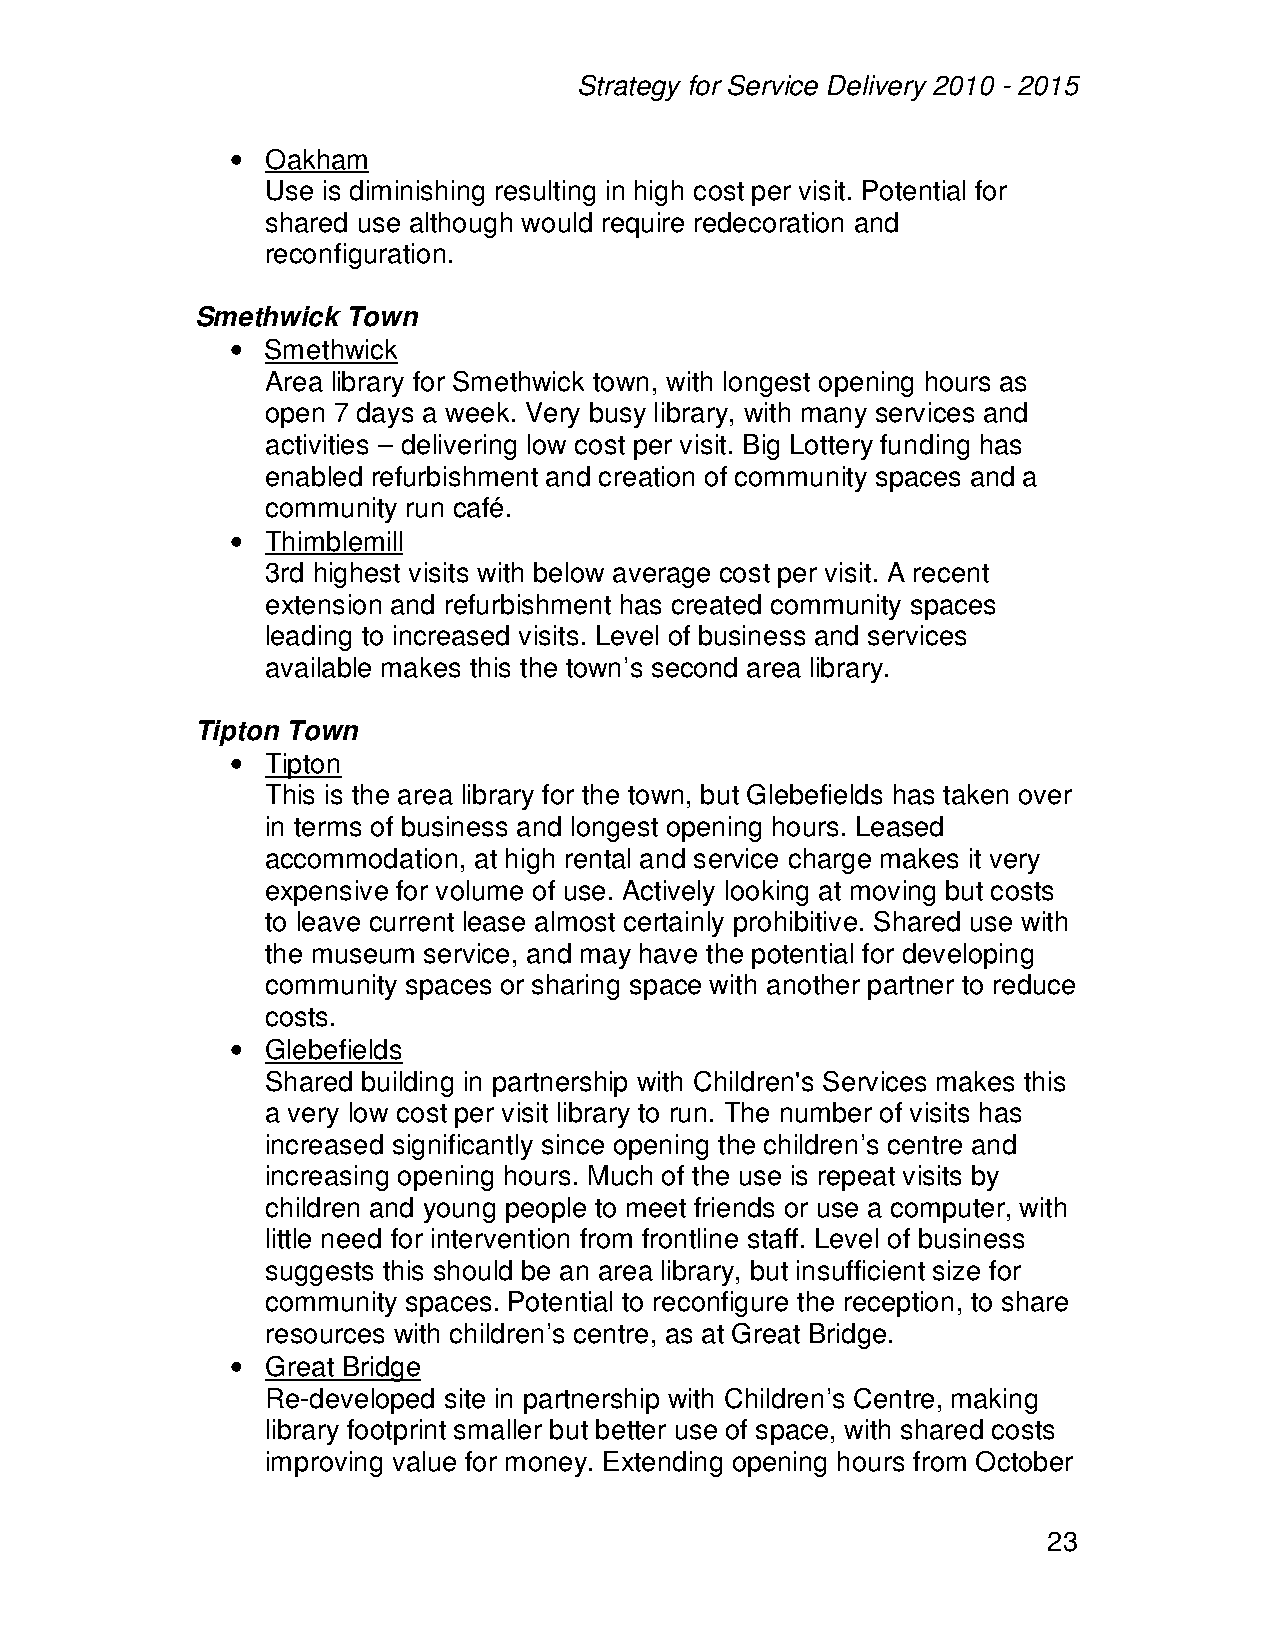
Strategy for Service Delivery 2010 - 2015
 •  Oakham
 Use is diminishing resulting in high cost per visit. Potential for
 shared use although would require redecoration and
 reconfiguration.
 Smethwick Town
 •  Smethwick
 Area library for Smethwick town, with longest opening hours as
 open 7 days a week. Very busy library, with many services and
 activities – delivering low cost per visit. Big Lottery funding has
 enabled refurbishment and creation of community spaces and a
 community run café.
 •  Thimblemill
 3rd highest visits with below average cost per visit. A recent
 extension and refurbishment has created community spaces
 leading to increased visits. Level of business and services
 available makes this the town’s second area library.
 Tipton Town
 •  Tipton
 This is the area library for the town, but Glebefields has taken over
 in terms of business and longest opening hours. Leased
 accommodation, at high rental and service charge makes it very
 expensive for volume of use. Actively looking at moving but costs
 to leave current lease almost certainly prohibitive. Shared use with
 the museum service, and may have the potential for developing
 community spaces or sharing space with another partner to reduce
 costs.
 •  Glebefields
 Shared building in partnership with Children's Services makes this
 a very low cost per visit library to run. The number of visits has
 increased significantly since opening the children’s centre and
 increasing opening hours. Much of the use is repeat visits by
 children and young people to meet friends or use a computer, with
 little need for intervention from frontline staff. Level of business
 suggests this should be an area library, but insufficient size for
 community spaces. Potential to reconfigure the reception, to share
 resources with children’s centre, as at Great Bridge.
 •  Great Bridge
 Re-developed site in partnership with Children’s Centre, making
 library footprint smaller but better use of space, with shared costs
 improving value for money. Extending opening hours from October
 23